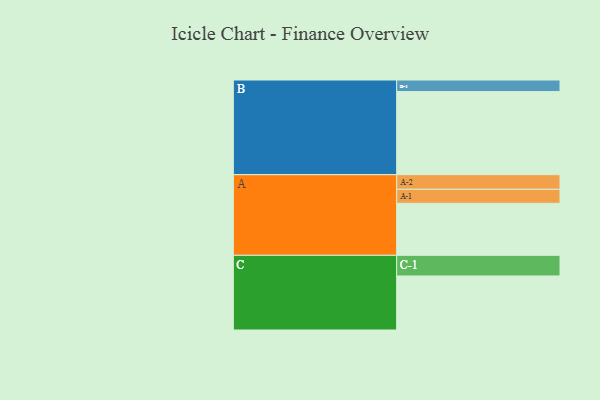
{"axis": {"x": "Segment", "y": "Value"}, "legend": ["", "A", "B", "C"], "data": [{"x": "A", "y": 364, "type": ""}, {"x": "B", "y": 581, "type": ""}, {"x": "C", "y": 378, "type": ""}, {"x": "A-1", "y": 98, "type": "A"}, {"x": "A-2", "y": 102, "type": "A"}, {"x": "B-1", "y": 81, "type": "B"}, {"x": "C-1", "y": 144, "type": "C"}]}